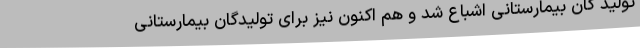
تولید گان بیمارستانی اشباع شد و هم اکنون نیز برای تولیدگان بیمارستانی